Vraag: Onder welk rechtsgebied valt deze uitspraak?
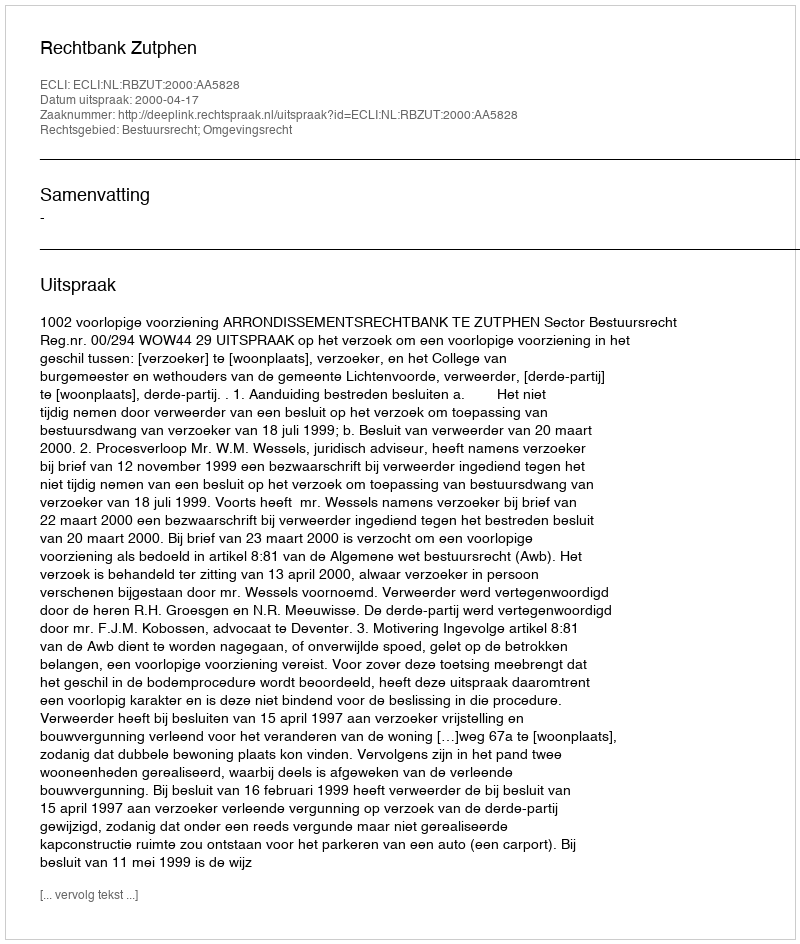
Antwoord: Bestuursrecht; Omgevingsrecht